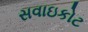
સવાઇકોટ